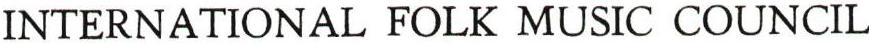
INTERNATIONAL FOLK MUSIC COUNCIL